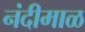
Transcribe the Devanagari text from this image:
नंदीमाळ